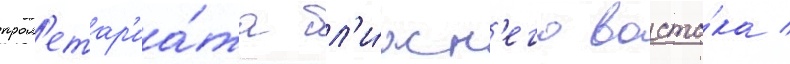
прол'етар'иа́та бл'и́жн'его восто́ка /